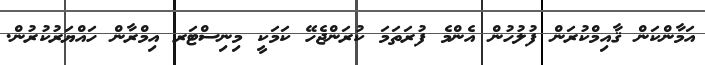
އަމާންކަން ޤާއިމްކުރަން ފުލުހުން އެންމެ ފުރަތަމަ ކުރަންޖެހޭ ކަމަކީ މިނިސްޓަރ އިމްރާން ހައްޔަރުކުރުން.